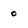
Character: 0